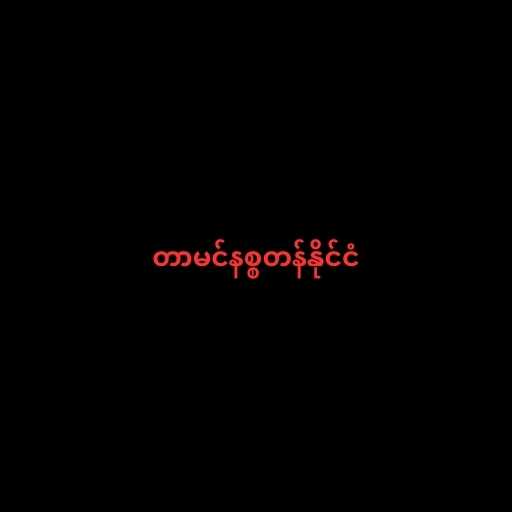
တာမင်နစ္စတန်နိုင်ငံ